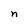
Character: n